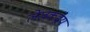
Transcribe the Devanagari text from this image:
लेखकद्वय